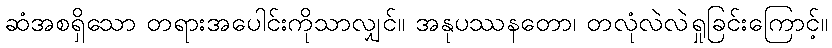
ဆံအစရှိသော တရားအပေါင်းကိုသာလျှင်။ အနုပဿနတော၊ တလုံလဲလဲရှုခြင်းကြောင့်။